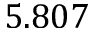
5 . 8 0 7